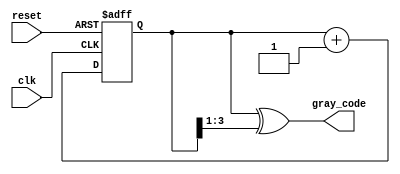
module gray_code_counter #(parameter N = 4) (
    input wire clk,           // Clock signal
    input wire reset,         // Asynchronous reset signal
    output reg [N-1:0] gray_code // Current Gray code output
);

    reg [N-1:0] binary_count;  // Internal binary counter

    // Asynchronous reset and binary counting
    always @(posedge clk or posedge reset) begin
        if (reset) begin
            binary_count <= 0;    // Reset binary counter to 0
        end else begin
            binary_count <= binary_count + 1; // Increment binary counter
        end
    end

    // Gray code conversion always block
    always @(*) begin
        // Convert binary count to Gray code
        gray_code = binary_count ^ (binary_count >> 1);
    end

endmodule